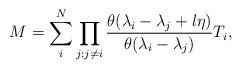
LaTeX: \begin{align*}M = \sum_i^N \prod_{j:j \neq i} \frac{\theta(\lambda_i - \lambda_j +l\eta)}{\theta(\lambda_i - \lambda_j)} T_i,\end{align*}